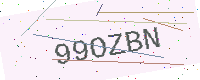
Text: 99OZBN